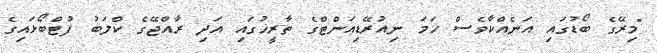
"މިރޭގެ ބޯޑުގައި އަނެއްކާވެސް ހަމަ ނިއުރޭޑިއަންޓްގެ ތާރީޚުގައި އަދި ރާއްޖޭގެ ކްލަބު ފުޓްބޯޅައިގެ